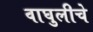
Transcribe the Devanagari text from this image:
वाघुलीचे